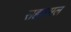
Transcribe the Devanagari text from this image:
सहारमल